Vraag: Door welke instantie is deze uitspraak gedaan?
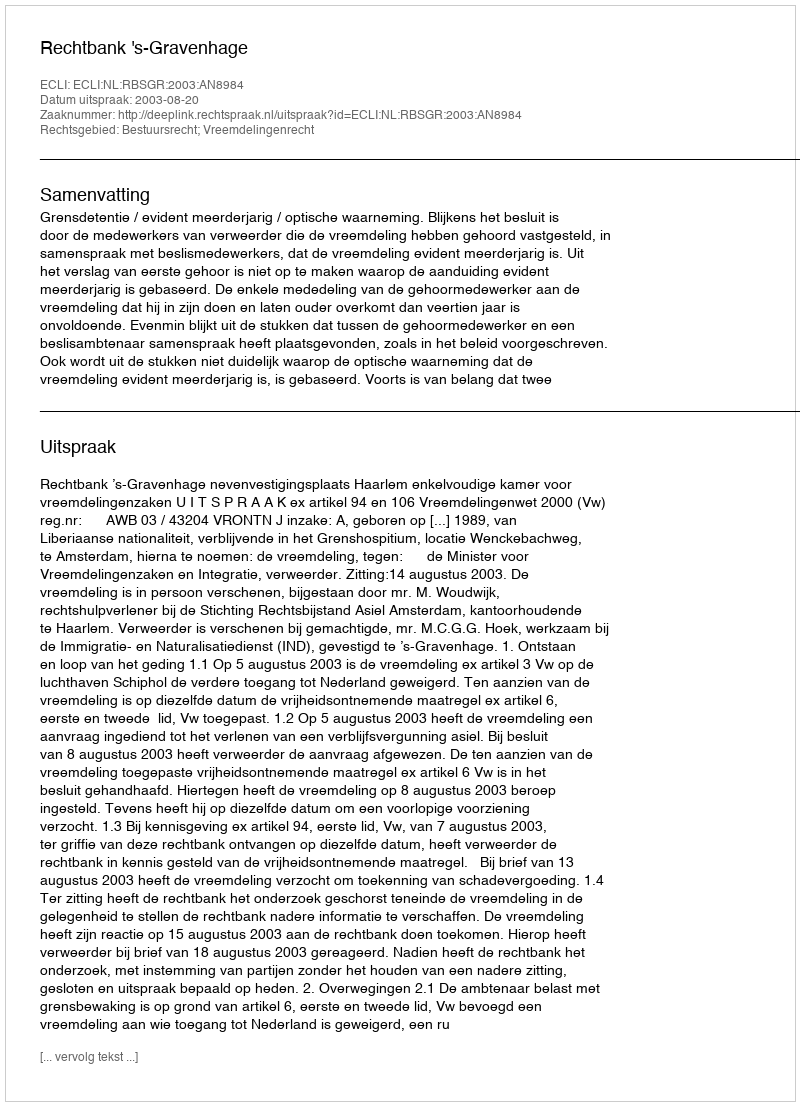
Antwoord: Rechtbank 's-Gravenhage